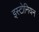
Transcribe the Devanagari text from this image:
इस्टोनियन